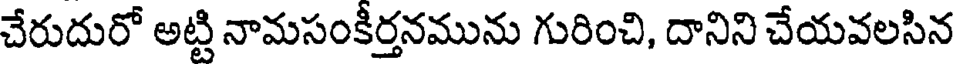
చేరుదురో అట్టి నామసంకీర్తనమును గురించి, దానిని చేయవలసిన